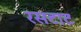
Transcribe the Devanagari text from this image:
रसटाट